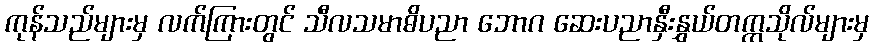
ကုန်သည်များမှ လက်ကြားတွင် သီလသမာဓိပညာ ဘောဂ ဆေးပညာနှီးနွှယ်တက္ကသိုလ်များမှ